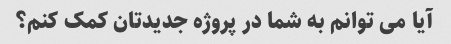
آیا می توانم به شما در پروژه جدیدتان کمک کنم؟